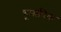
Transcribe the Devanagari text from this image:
गूमानिक